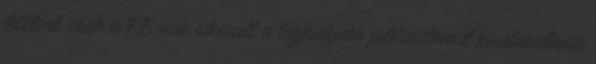
ihletért, csak a FB-nak sikerült a leghülyébb pillanatomat kiválasztania